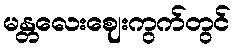
မန္တလေးဈေးကွက်တွင်